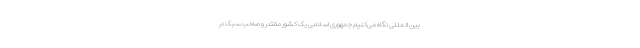
بین المللی نگاه می‌کنیم جمهوری اسلامی یک کشور مقتدر و صاحب سبک در